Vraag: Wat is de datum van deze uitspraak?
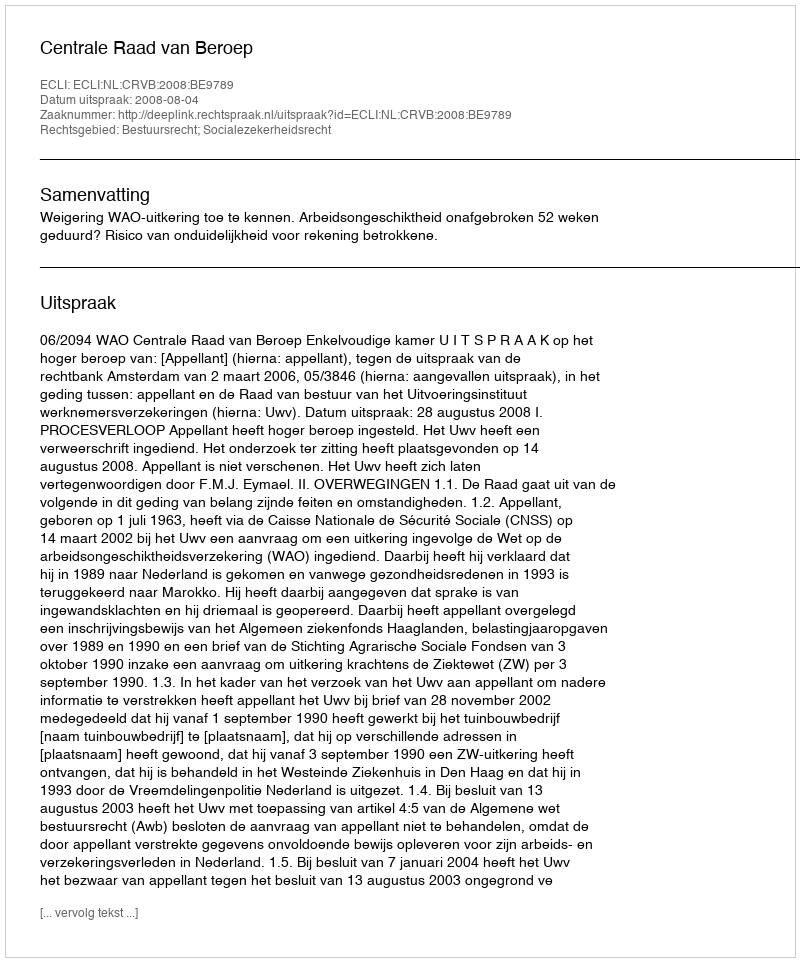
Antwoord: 2008-08-04